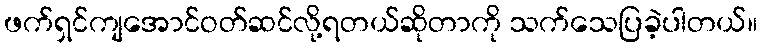
ဖက်ရှင်ကျအောင်ဝတ်ဆင်လို့ရတယ်ဆိုတာကို သက်သေပြခဲ့ပါတယ်။